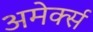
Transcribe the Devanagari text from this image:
अमेर्क्स